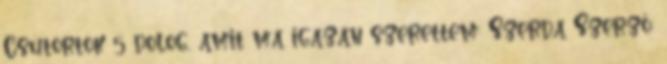
Csütörtök 5 dolog, amit ma igazán szerettem: Szerda Szerző: